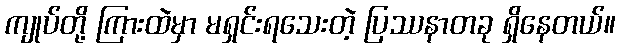
ကျုပ်တို့ ကြားထဲမှာ မရှင်းရသေးတဲ့ ပြဿနာတခု ရှိနေတယ်။